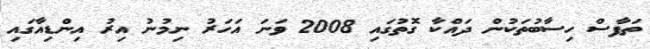
ތަފާސް ހިސާބުތަކުން ދައްކާ ގޮތުގައި 2008 ވަނަ އަހަރު ނިމުނު އިރު އިންޑިއާގައި